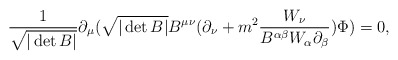
\begin{align*} \frac{1}{\sqrt{|\det B|}}\partial_\mu(\sqrt{|\det B|}B^{\mu\nu}(\partial_\nu+m^2\frac{W_\nu}{B^{\alpha\beta}W_\alpha\partial_\beta})\Phi)=0,\end{align*}